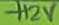
Text: +12V